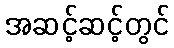
အဆင့်ဆင့်တွင်